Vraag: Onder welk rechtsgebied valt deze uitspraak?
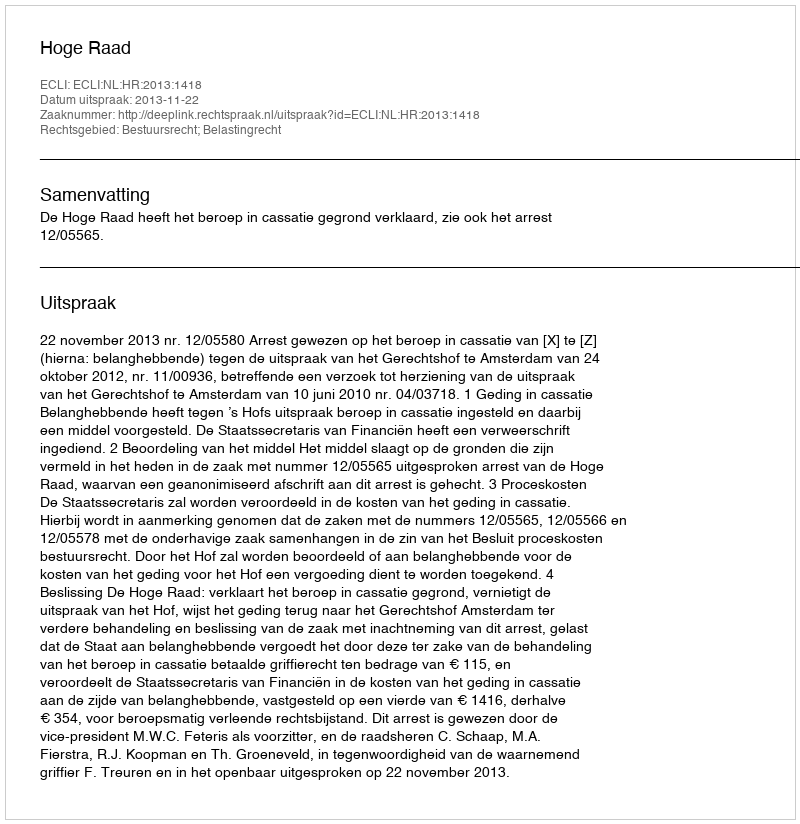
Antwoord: Bestuursrecht; Belastingrecht